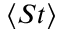
\langle S t \rangle